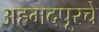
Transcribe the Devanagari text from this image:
अहमदपूरचे